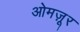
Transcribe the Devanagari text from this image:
ओमज़ूर